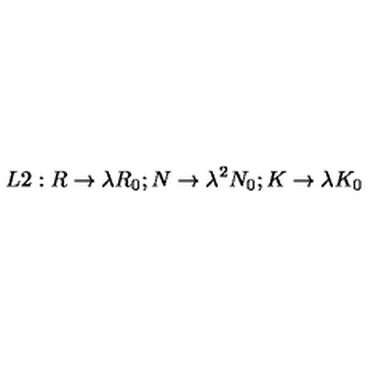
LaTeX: L 2 : R \rightarrow \lambda R _ { 0 } ; N \rightarrow \lambda ^ { 2 } N _ { 0 } ; K \rightarrow \lambda K _ { 0 }